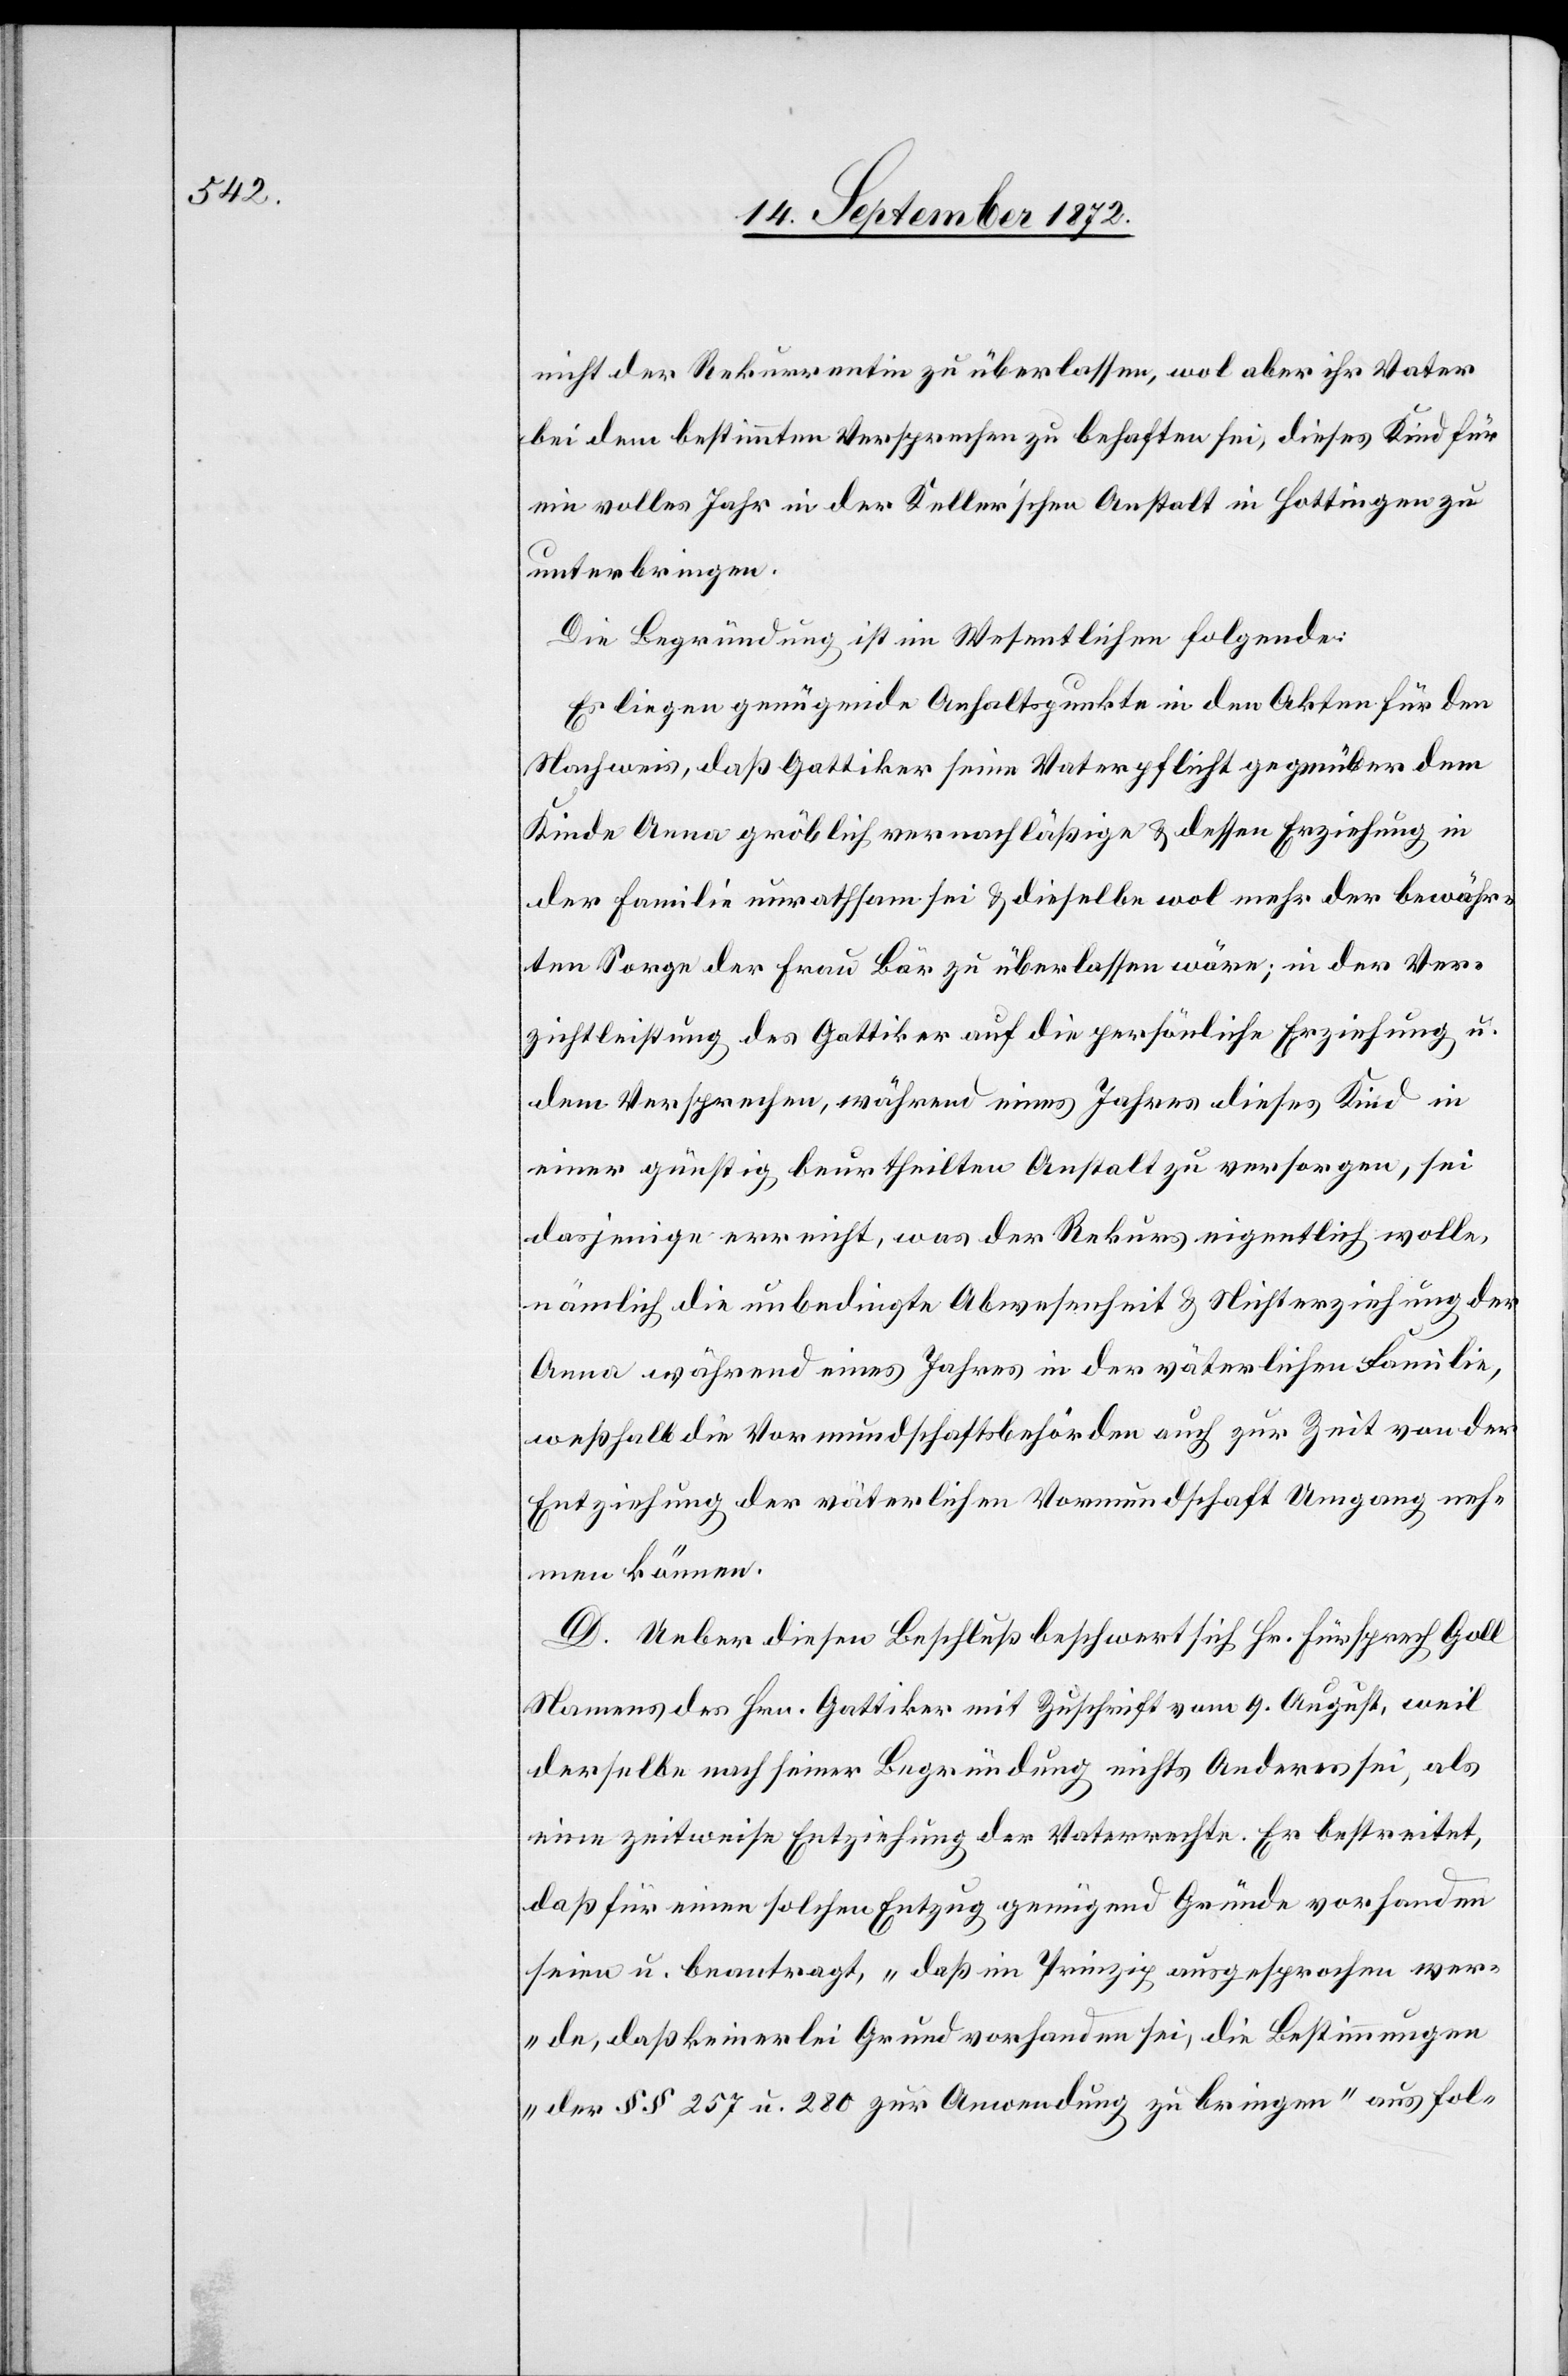
nicht der Rekurrentin zu überlassen, wol aber ihr Vater
bei dem bestimmten Versprechen zu behaften sei, dieses Kind für
ein volles Jahr in der Keller’schen Anstalt in Hottingen zu
unterbringen.
Die Begründung ist im Wesentlichen folgende:
Es liegen genügende Anhaltspunkte in den Akten für den
Nachweis, daß Gattiker seine Vaterpflicht gegenüber dem
Kinde Anna gröblich vernachläßige u. dessen Erziehung in
der Familie unrathsam sei u. dieselbe wol mehr der bewähr¬
ten Sorge der Frau Bär zu überlassen wäre; in der Ver¬
zichtleistung des Gattiker auf die persönliche Erziehung u.
dem Versprechen, während eines Jahres dieses Kind in
einer günstig beurtheilten Anstalt zu versorgen, sei
dasjenige erreicht, was der Rekurs eigentlich wolle,
nämlich die unbedingte Abwesenheit u. Nichterziehung der
Anna während eines Jahres in der väterlichen Familie,
weßhalb die Vormundschaftsbehörden auch zur Zeit von der
Entziehung der väterlichen Vormundschaft Umgang neh¬
men können.
D. Ueber diesen Beschluß beschwert sich Hr. Fürsprech Goll
Namens des Hrn. Gattiker mit Zuschrift vom 9. August, weil
derselbe nach seiner Begründung nichts Anderes sei, als
eine zeitweise Entziehung der Vaterrechte. Er bestreitet,
daß für einen solchen Entzug genügend Gründe vorhanden
seien u. beantragt, „daß im Prinzip ausgesprochen wer¬
de, daß keinerlei Grund vorhanden sei, die Bestimmungen
der §§ 257 u. 280 zur Anwendung zu bringen“ aus fol-